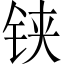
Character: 铗